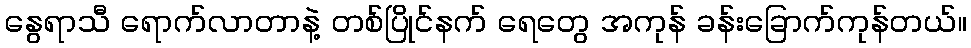
နွေရာသီ ရောက်လာတာနဲ့ တစ်ပြိုင်နက် ရေတွေ အကုန် ခန်းခြောက်ကုန်တယ်။